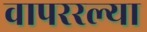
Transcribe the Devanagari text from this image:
वापररल्या